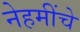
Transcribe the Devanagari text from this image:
नेहमींचे